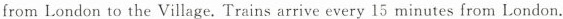
from London to the Village. Trains arrive every 15 minutes from London.